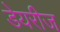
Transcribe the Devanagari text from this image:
डेयरीज